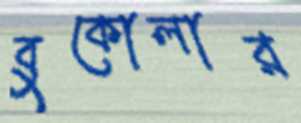
বুকোলার